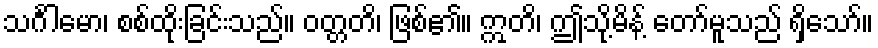
သင်္ဂါမော၊ စစ်ထိုးခြင်းသည်။ ဝတ္တတိ၊ ဖြစ်၏။ ဣတိ၊ ဤသို့မိန့် တော်မူသည် ရှိသော်။